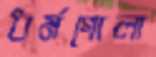
ধর্মগোলা